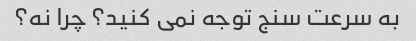
به سرعت سنج توجه نمی کنید؟ چرا نه؟